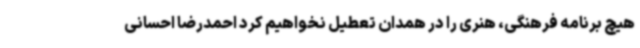
هیچ برنامه فرهنگی، هنری را در همدان تعطیل نخواهیم کرد احمدرضا احسانی